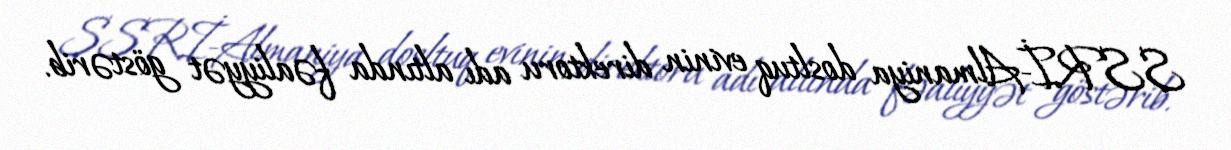
SSRİ-Almaniya dosltuq evinin direktoru adı altında fəaliyyət göstərib.